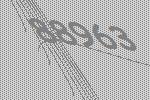
88963